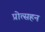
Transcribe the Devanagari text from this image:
प्रोत्सहन